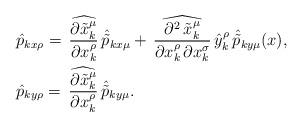
LaTeX: \begin{align*}& \hat{p}_{kx\rho}=\,\widehat{\frac{\partial \tilde{x}^\mu_k}{\partial x^\rho_k}}\,\hat{\tilde{p}}_{kx\mu}+\,\widehat{\frac{\partial^2 \,\tilde{x}^\mu_k}{\partial x^\rho_k\,\partial x^\sigma_k}}\,\hat{y}^\rho_k\,\hat{\tilde{p}}_{ky\mu}(x),\\& \hat{p}_{ky\rho}=\,\widehat{\frac{\partial \tilde{x}^\mu_k}{\partial x^\rho_k}}\,\hat{\tilde{p}}_{ky\mu}.\end{align*}